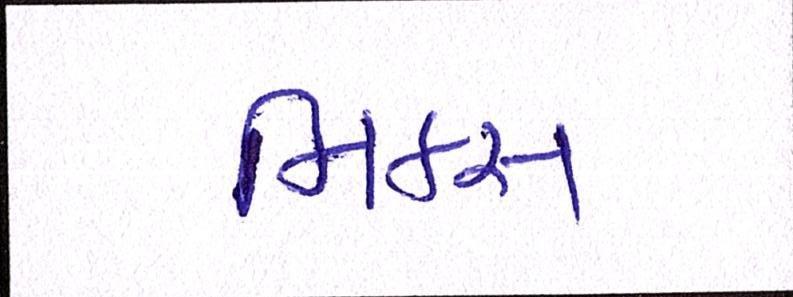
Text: મિક્સ